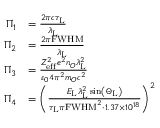
\begin{array} { r l } { \Pi _ { 1 } } & { = \frac { 2 \pi c \tau _ { \mathrm { L } } } { \lambda _ { \mathrm { L } } } } \\ { \Pi _ { 2 } } & { = \frac { 2 \pi \mathrm { F W H M } } { \lambda _ { \mathrm { L } } } } \\ { \Pi _ { 3 } } & { = \frac { Z _ { \mathrm { e f f } } ^ { 2 } e ^ { 2 } n _ { O } \lambda _ { \mathrm { L } } ^ { 2 } } { \varepsilon _ { 0 } 4 \pi ^ { 2 } m _ { O } c ^ { 2 } } } \\ { \Pi _ { 4 } } & { = \left( \frac { E _ { \mathrm { L } } \lambda _ { \mathrm { L } } ^ { 2 } \sin \left( \Theta _ { \mathrm { L } } \right) } { \tau _ { \mathrm { L } } \pi \mathrm { F W H M } ^ { 2 } \cdot 1 . 3 7 \times 1 0 ^ { 1 8 } } \right) ^ { 2 } } \end{array}